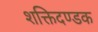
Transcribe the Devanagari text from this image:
शक्तिदण्डक